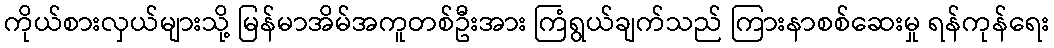
ကိုယ်စားလှယ်များသို့ မြန်မာအိမ်အကူတစ်ဦးအား ကြံရွယ်ချက်သည် ကြားနာစစ်ဆေးမှု ရန်ကုန်ရေး